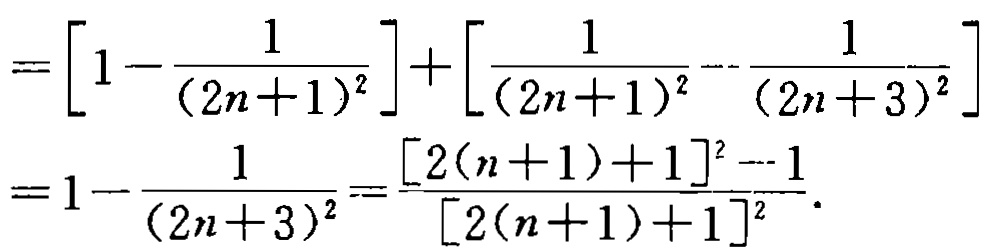
\[
\begin{align*}
&=\left[1 - \frac{1}{(2n + 1)^2}\right]+\left[\frac{1}{(2n + 1)^2}-\frac{1}{(2n + 3)^2}\right]\\
&=1-\frac{1}{(2n + 3)^2}=\frac{[2(n + 1)+1]^2-1}{[2(n + 1)+1]^2}.
\end{align*}
\]